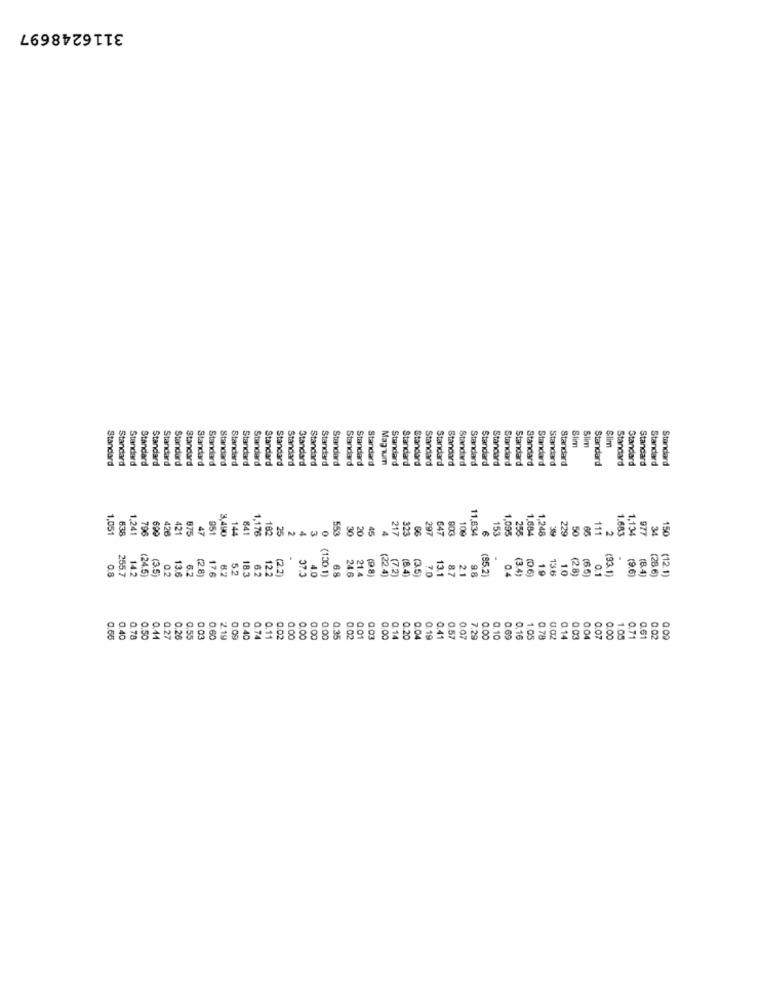
3116248697
Slim
Slim
Slim
Standard
Standard
Standard
Standard
Standard
Standard
Standard
Standard
Standard
Standard
Standard
Standard
Standard
Standard
Standard
Standard
Standard
Standard
Standard
Standard
Standard
Standard
Standard
Mapaum
Standard
Standard
Standard
Standard
Standard
Standard
Standard
Standard
Standard
Standard
Standard
Standard
Standard
Standard
Standard
Standard
Standard
Standard
Standard
Standard
Standard
Standard
Standard
1.051
638
1.241
796
699
426
421
875
47
951
144
641
1.176
162
w0888r
217
323
8
297
647
903
109
1,095
255
1,684
1.248
229
50
111
1.134
977
150
25
6
153
39
66
2
1.683
34
.
.
0.8
255.7
14.2
24.5)
(3.5
0.2
13.6
6.2
(28)
5.2
18.3
6.2
12.2
(22)
37.5
4.0
6.8
21.4
(7.2)
(8.4)
(35)
7.0
13.1
8.7
2.1
0.4
(3.4)
(0.6
1.9
13.6
1.0
(2.8)
(6.5)
0.1
(93.1)
(9.6
(8.4)
17.6
6.2
(130.1)
24.6
(22.4)
9.8
0.4
0.14
0.20
0.78
0.07
0.71
0.78
0.50
0.14
0.27
0.20
0.55
0.03
0.60
2.19
0.40
0.74
0.11
0.02
0.00
0.00
0.00
0.00
0.35
0.02
0.01
0.03
0.04
0.19
0.41
0.57
0.07
7.29
0.00
0.10
0.69
0.16
1.05
0.02
0.14
0.03
0.04
0,00
1.05
0.61
0.02